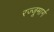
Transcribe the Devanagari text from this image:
रज्जूमार्ग